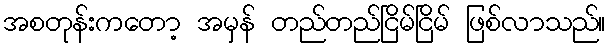
အစတုန်းကတော့ အမှန် တည်တည်ငြိမ်ငြိမ် ဖြစ်လာသည်။